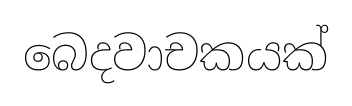
බෙදවාචකයක්